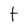
Character: t